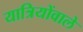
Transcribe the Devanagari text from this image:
यात्रियोंवाले